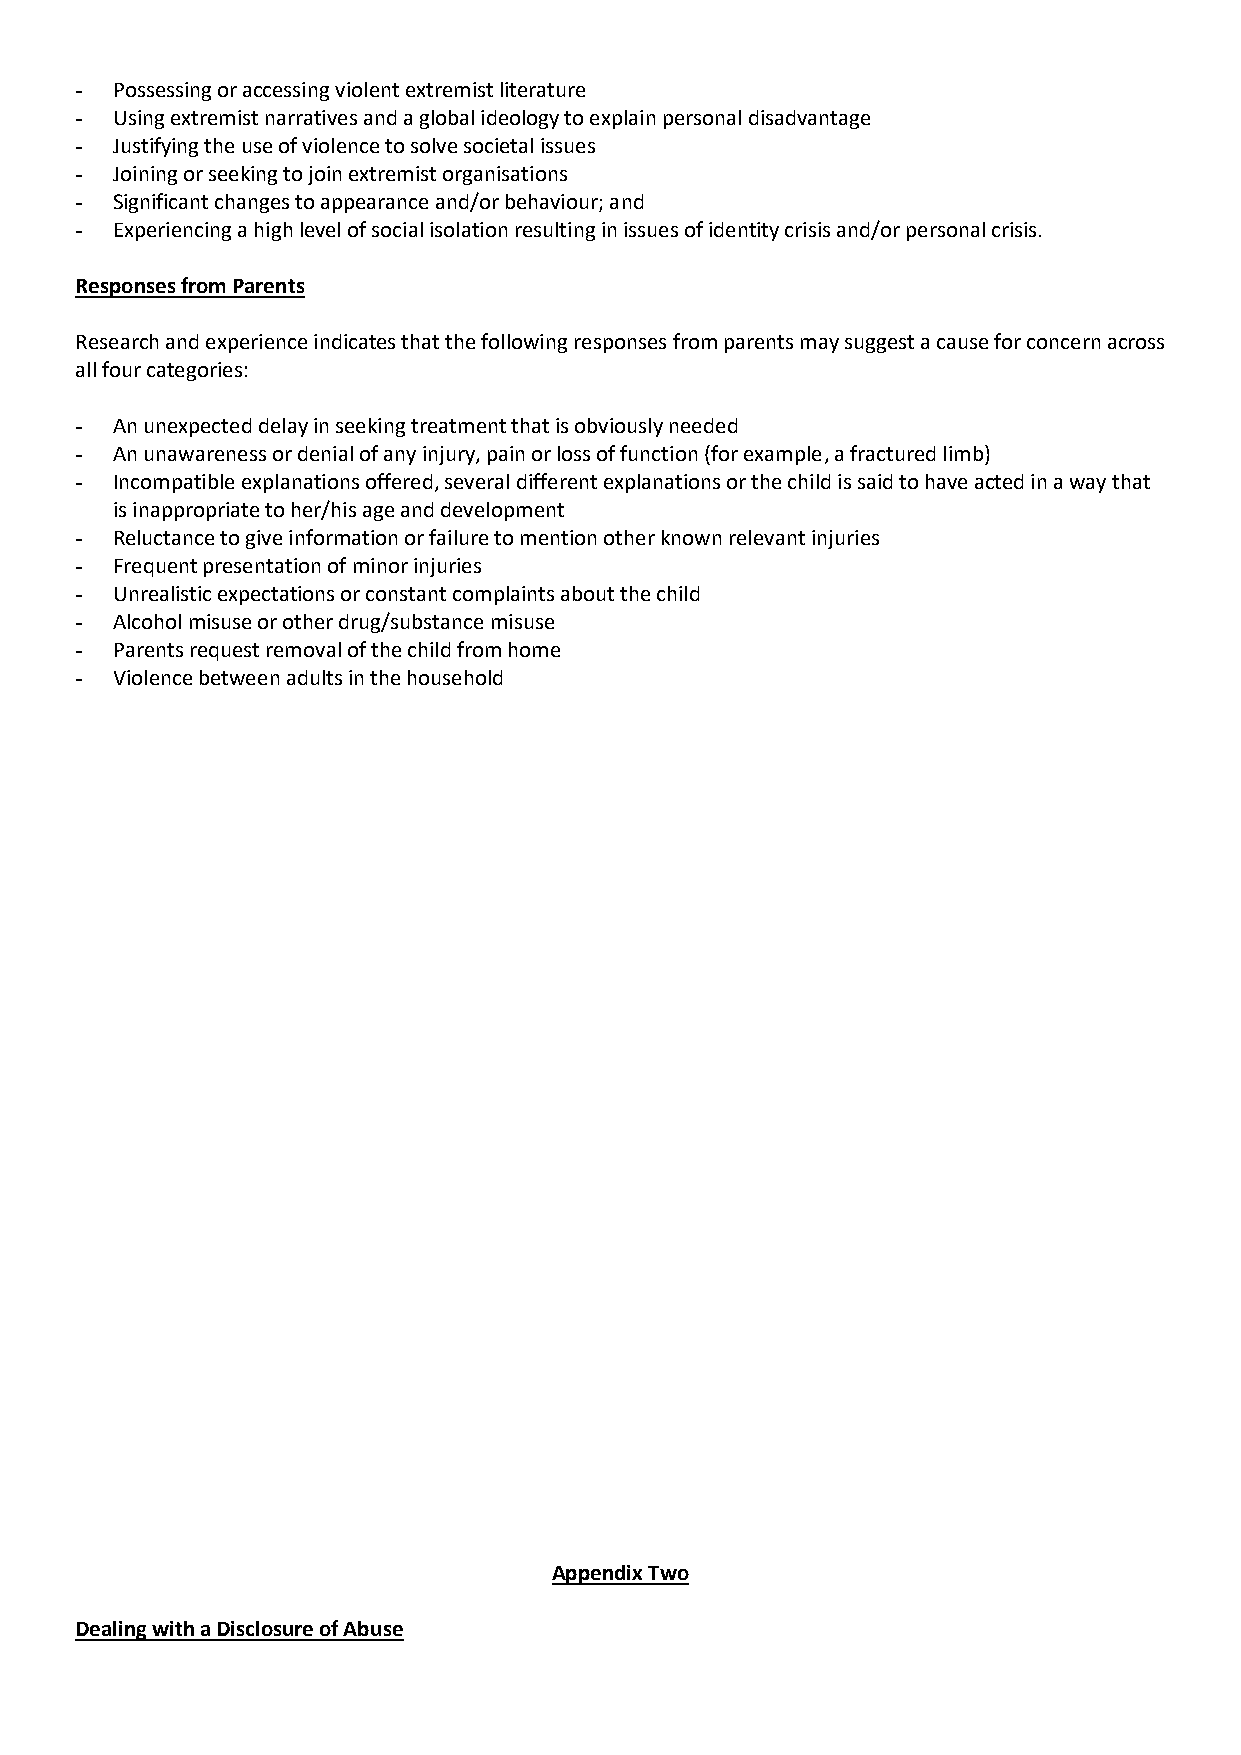
- Possessing or accessing violent extremist literature
 - Using extremist narratives and a global ideology to explain personal disadvantage
 - Justifying the use of violence to solve societal issues
 - Joining or seeking to join extremist organisations
 - Significant changes to appearance and/or behaviour; and
 - Experiencing a high level of social isolation resulting in issues of identity crisis and/or personal crisis.
 Responses from Parents
 Research and experience indicates that the following responses from parents may suggest a cause for concern across
 all four categories:
 - An unexpected delay in seeking treatment that is obviously needed
 - An unawareness or denial of any injury, pain or loss of function (for example, a fractured limb)
 - Incompatible explanations offered, several different explanations or the child is said to have acted in a way that
 is inappropriate to her/his age and development
 - Reluctance to give information or failure to mention other known relevant injuries
 - Frequent presentation of minor injuries
 - Unrealistic expectations or constant complaints about the child
 - Alcohol misuse or other drug/substance misuse
 - Parents request removal of the child from home
 - Violence between adults in the household
 Appendix Two
 Dealing with a Disclosure of Abuse